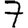
Digit: 7